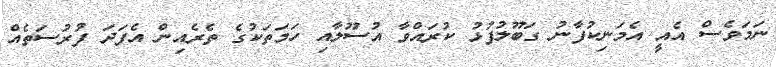
ނަމަވެސް އެއީ އެމަނިކުފާނު ގަބޫލުފުޅު ކުރައްވާ އުސޫލާއި ހަމަތަކުގެ ތެރެއިން އެފަދަ ފުރުސަތެއް